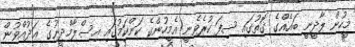
މީހުން ލާދީނީ ބައެއްގެ ގޮތުގައި ސިފަ ކުރެވެނީ އެމީހުންގެ ކަންކަމުގައި އިސްލާމްދީނުގެ ޢަދުއްވުން